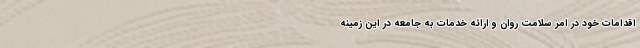
اقدامات خود در امر سلامت روان و ارائه خدمات به جامعه در این زمینه